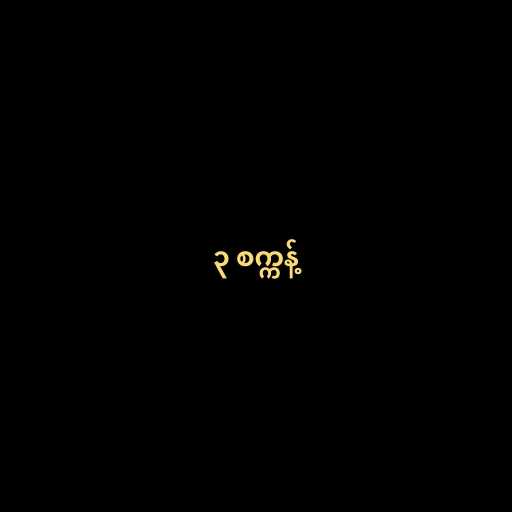
၃ စက္ကန့်